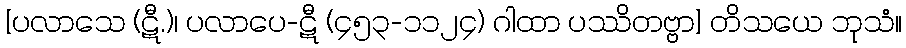
[ပလာသေ (ဋီ.)၊ ပလာပေ-ဋီ (၄၅၃-၁၁၂၄) ဂါထာ ပဿိတဗ္ဗာ] တိသယေ ဘုသံ။